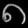
Digit: ၈